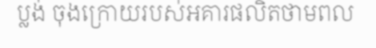
ប្លង់ ចុងក្រោយរបស់អគារផលិតថាមពល